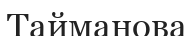
Тайманова